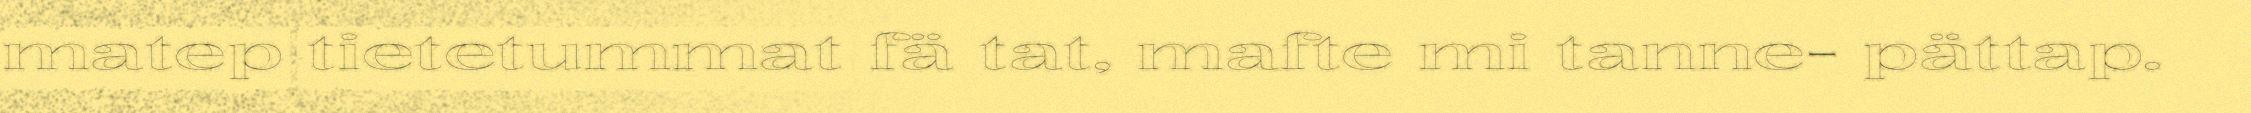
matep tietetummat fä tat, mafte mi tanne- pättap.